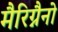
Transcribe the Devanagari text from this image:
मैरिग्नैनो